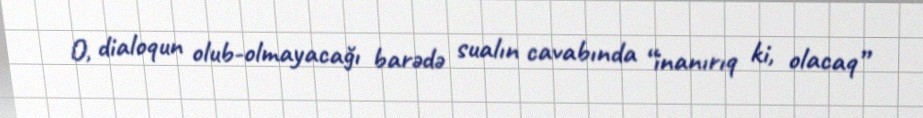
O, dialoqun olub-olmayacağı barədə sualın cavabında “inanırıq ki, olacaq”